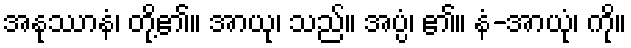
အနုဿာနံ၊ တို့၏။ အာယု၊ သည်။ အပ္ပံ၊ ၏။ နံ-အာယုံ၊ ကို။